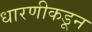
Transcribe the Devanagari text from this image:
धारणीकडून